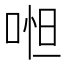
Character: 𠶒